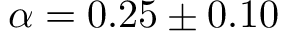
\alpha = 0 . 2 5 \pm 0 . 1 0